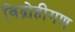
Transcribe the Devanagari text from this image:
विद्रोहीगण